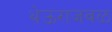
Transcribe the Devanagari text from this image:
थेऊराजवळ